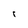
Character: 8